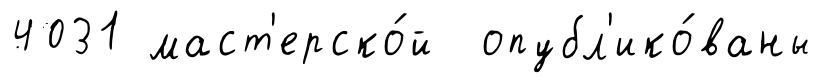
4031 маст'ерско́й опубл'ико́ваны